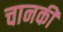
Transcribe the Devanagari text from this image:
चानकी